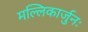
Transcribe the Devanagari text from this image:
मल्लिकार्जुनः